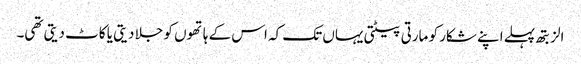
الزبتھ پہلے اپنے شکار کو مارتی پیٹتی یہاں تک کہ اس کے ہاتھوں کو جلا دیتی یا کاٹ دیتی تھی۔